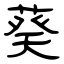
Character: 葵